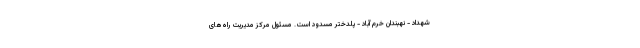
شهداد - نهبندان خرم آباد - پلدختر مسدود است. مسئول مرکز مدیریت راه‌های